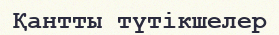
Қантты түтікшелер